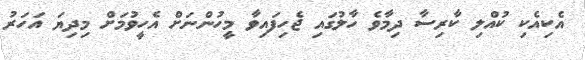
އެކިއެކި ކުއްލި ކާރިސާ ދިމާވެ ހާލުގައި ޖެހިފައިވާ މީހުންނަށް އެހީވުމަށް މިދިޔަ އަހަރު